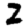
Digit: 2